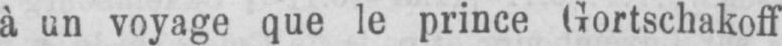
à un voyage que le prince Gortschakoff